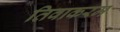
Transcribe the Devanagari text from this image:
तिवाकरम